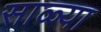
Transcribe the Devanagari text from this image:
साळ्या